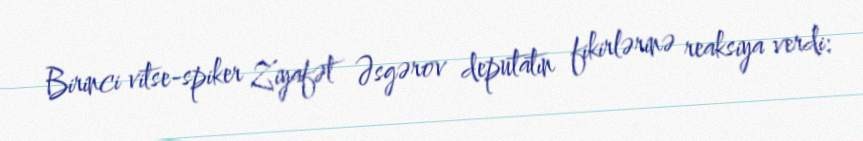
Birinci vitse-spiker Ziyafət Əsgərov deputatın fikirlərinə reaksiya verdi: